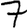
Digit: 7